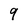
Character: 9